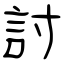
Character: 討